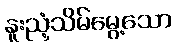
နူးညံ့သိမ်မွေ့သော